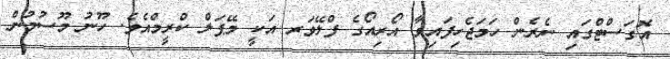
އޮގަސްޓްގައި ނެރެން ހަމަޖެހިފައިވާ އޯރިއޯގެ ފްލޭވަރ އަކީ މޭޕަލް ކްރީމްއެވެ. ހޫނު މޫސުމުން